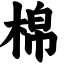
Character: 棉